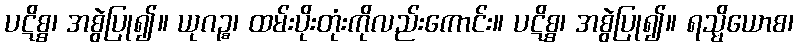
ပဋိစ္စ၊ အစွဲပြု၍။ ယုဂဉ္စ၊ ထမ်းပိုးတုံးကိုလည်းကောင်း။ ပဋိစ္စ၊ အစွဲပြု၍။ ရသ္မိယောစ၊